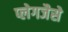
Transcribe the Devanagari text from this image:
प्लेगजैसे